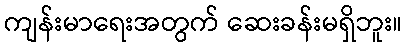
ကျန်းမာရေးအတွက် ဆေးခန်းမရှိဘူး။